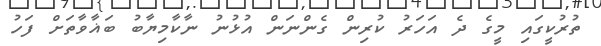
ތުރުކީގައި މީގެ ދެ އަހަރު ކުރިން ގެންނަން އުޅުނު ނާކާމިޔާބު ބަޣާވާތަށް ފަހު